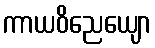
ကာယဝိညေယျော